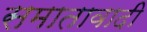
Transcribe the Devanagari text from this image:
समातावादी